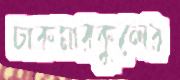
চাকমারকুলের